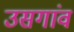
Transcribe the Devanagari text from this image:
उसगांव